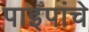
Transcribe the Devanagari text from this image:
पाइपांचे